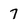
Character: 7